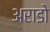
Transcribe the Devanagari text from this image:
अराडो